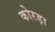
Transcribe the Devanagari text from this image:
कोरड़ा